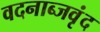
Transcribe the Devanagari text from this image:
वदनाब्जवृंद